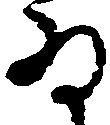
ゐ